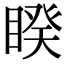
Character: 睽